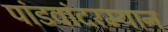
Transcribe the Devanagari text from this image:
पांडवांदरम्यान